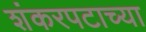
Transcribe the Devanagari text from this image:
शंकरपटाच्या